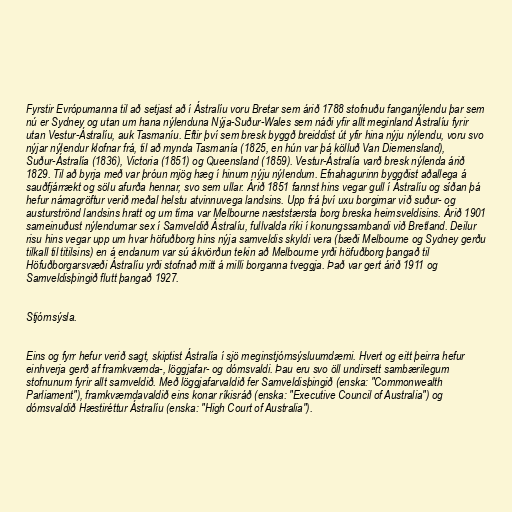
Fyrstir Evrópumanna til að setjast að í Ástralíu voru Bretar sem árið 1788 stofnuðu fanganýlendu þar sem
nú er Sydney og utan um hana nýlenduna Nýja-Suður-Wales sem náði yfir allt meginland Ástralíu fyrir
utan Vestur-Ástralíu, auk Tasmaníu. Eftir því sem bresk byggð breiddist út yfir hina nýju nýlendu, voru svo
nýjar nýlendur klofnar frá, til að mynda Tasmanía (1825, en hún var þá kölluð Van Diemensland),
Suður-Ástralía (1836), Victoria (1851) og Queensland (1859). Vestur-Ástralía varð bresk nýlenda árið
1829. Til að byrja með var þróun mjög hæg í hinum nýju nýlendum. Efnahagurinn byggðist aðallega á
sauðfjárrækt og sölu afurða hennar, svo sem ullar. Árið 1851 fannst hins vegar gull í Ástralíu og síðan þá
hefur námagröftur verið meðal helstu atvinnuvega landsins. Upp frá því uxu borgirnar við suður- og
austurströnd landsins hratt og um tíma var Melbourne næststærsta borg breska heimsveldisins. Árið 1901
sameinuðust nýlendurnar sex í Samveldið Ástralíu, fullvalda ríki í konungssambandi við Bretland. Deilur
risu hins vegar upp um hvar höfuðborg hins nýja samveldis skyldi vera (bæði Melbourne og Sydney gerðu
tilkall til titilsins) en á endanum var sú ákvörðun tekin að Melbourne yrði höfuðborg þangað til
Höfuðborgarsvæði Ástralíu yrði stofnað mitt á milli borganna tveggja. Það var gert árið 1911 og
Samveldisþingið flutt þangað 1927.

Stjórnsýsla.

Eins og fyrr hefur verið sagt, skiptist Ástralía í sjö meginstjórnsýsluumdæmi. Hvert og eitt þeirra hefur
einhverja gerð af framkvæmda-, löggjafar- og dómsvaldi. Þau eru svo öll undirsett sambærilegum
stofnunum fyrir allt samveldið. Með löggjafarvaldið fer Samveldisþingið (enska: "Commonwealth
Parliament"), framkvæmdavaldið eins konar ríkisráð (enska: "Executive Council of Australia") og
dómsvaldið Hæstiréttur Ástralíu (enska: "High Court of Australia").